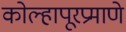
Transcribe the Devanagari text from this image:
कोल्हापूरप्रमाणे